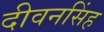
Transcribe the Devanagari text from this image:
दीवनसिंह